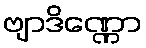
ဗျာဒိဏ္ဏော